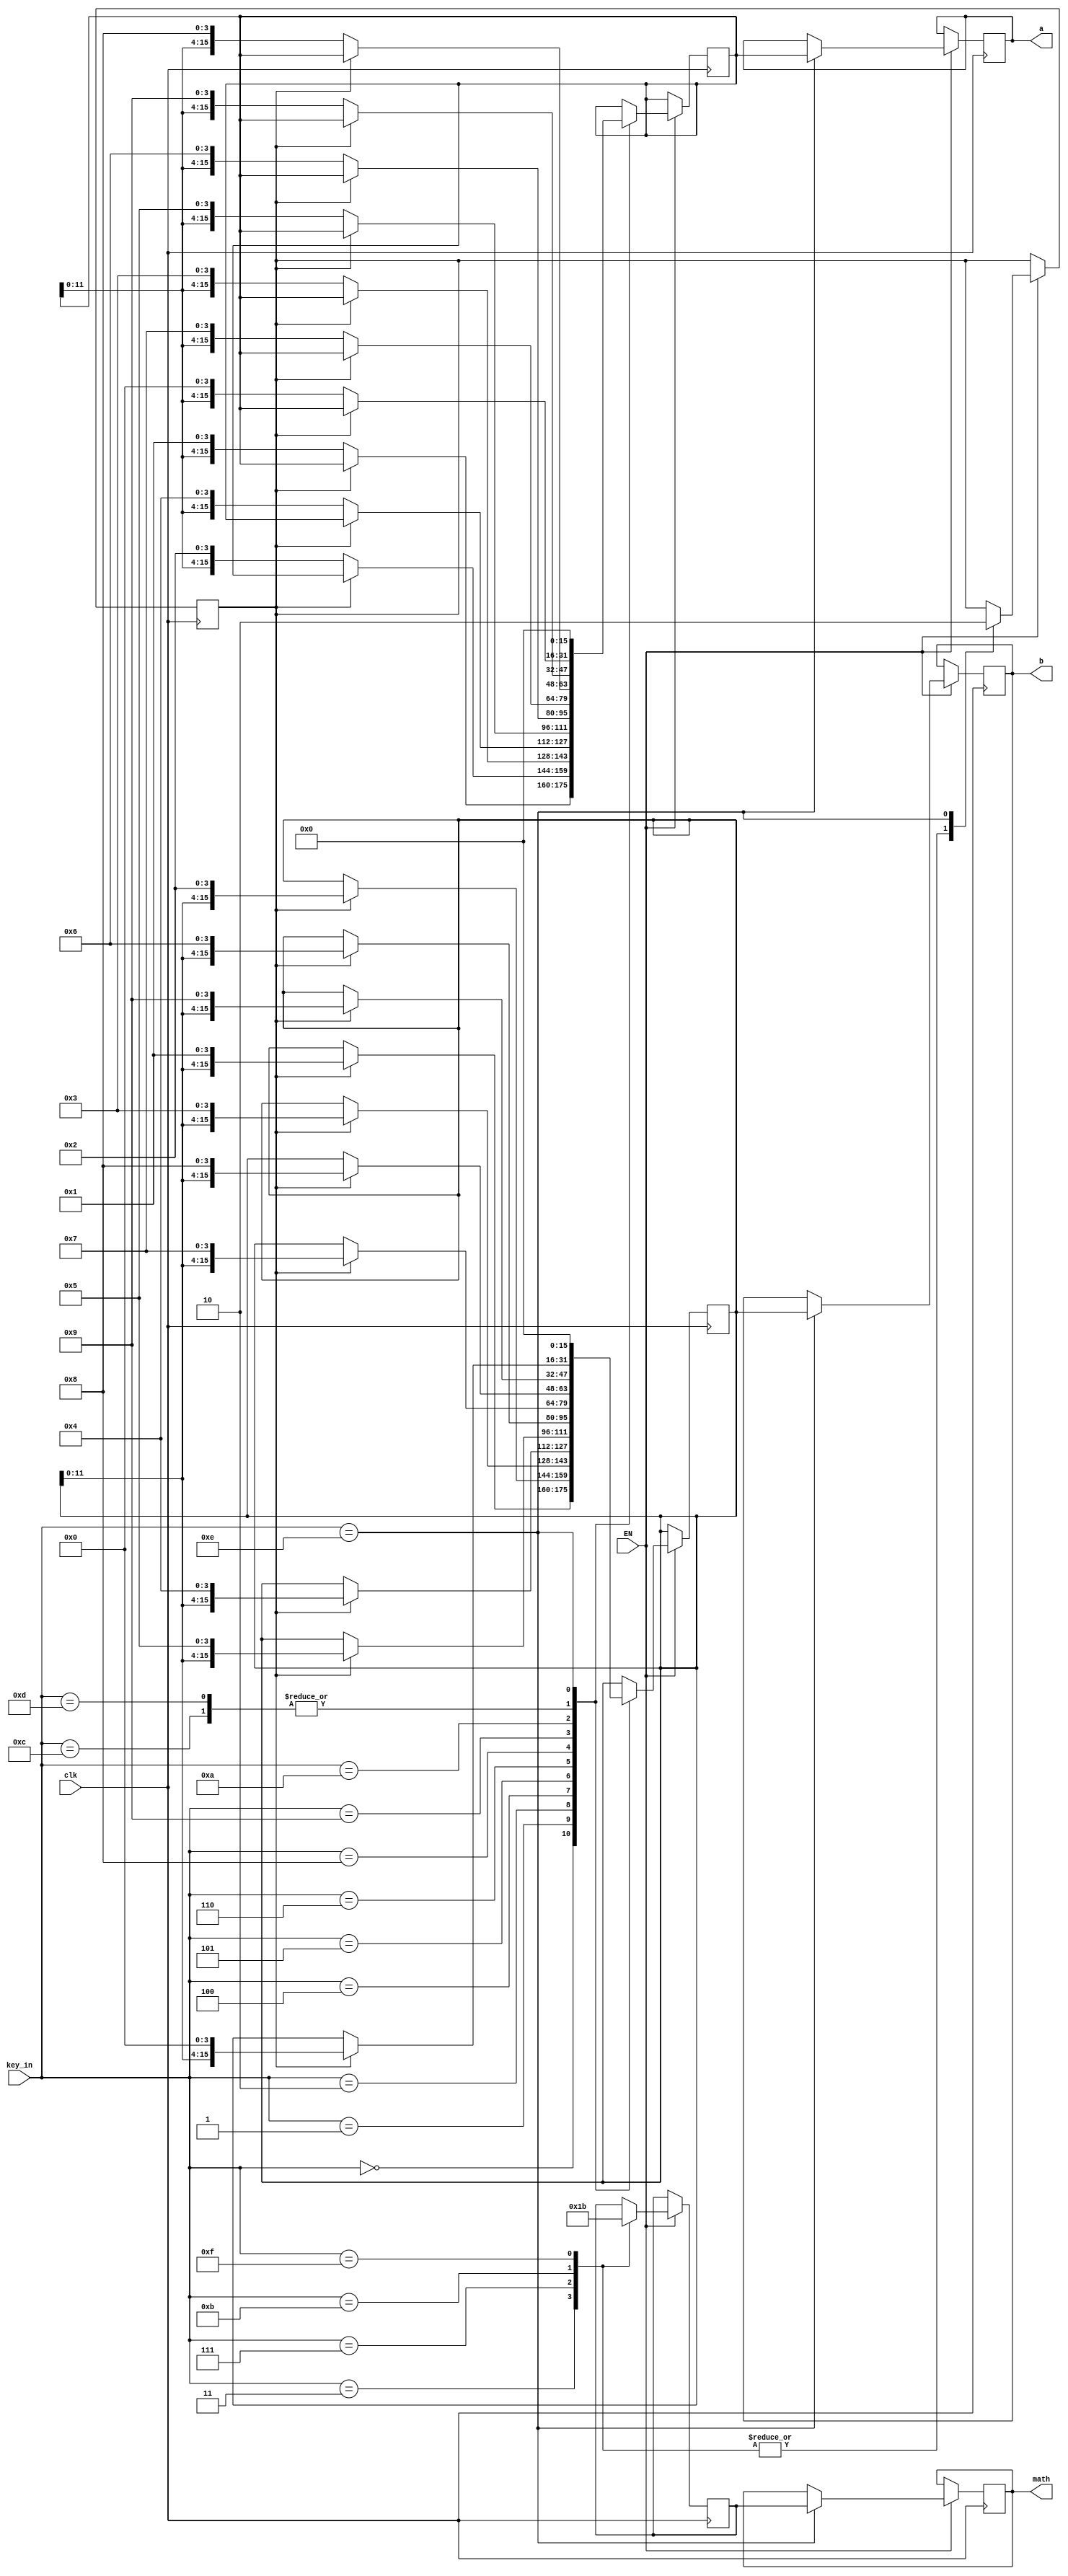
module key_controll (clk,key_in,EN,a,b,math);
                  input clk;

		  input [3:0]key_in;
		  input EN;
		  output[15:0]a; 
		  output [15:0] b;
		  output[1:0]math;
                  


//reg	[5:0]	state;
 reg[15:0]a;
reg[15:0]b;
reg[1:0] math; 
reg ab_flag;
reg[15:0]temp_a,temp_b;
reg [1:0]math_temp;
always@( posedge clk )
begin 
    if(EN) 
     begin
	   case (key_in)
		0 : begin //1
	         if(!ab_flag)
				  temp_a <= {temp_a[11:0],4'b0001};
				else temp_b <= {temp_b[11:0],4'b0001};
			 end
			
		1 : begin //2
	        if(!ab_flag)
				  temp_a <= {temp_a[11:0],4'b0010};
				else temp_b <= {temp_b[11:0],4'b0010};
			 end			
				
		2 : begin //3
	         if(!ab_flag)
				  temp_a <= {temp_a[11:0],4'b0011};
				else temp_b <= {temp_b[11:0],4'b0011};
			 end

		4 : begin //4
	        if(!ab_flag)
				  temp_a <= {temp_a[11:0],4'b0100};
				else temp_b <= {temp_b[11:0],4'b0100};
			 end

		5 : begin //5
	         if(!ab_flag)
				  temp_a <= {temp_a[11:0],4'b0101};
				else temp_b <= {temp_b[11:0],4'b0101};
			 end

		6 : begin//6 
	        if(!ab_flag)
				  temp_a <= {temp_a[11:0],4'b0110};
				else temp_b <= {temp_b[11:0],4'b0110};
			 end


		8 : begin //7
	         if(!ab_flag)
				  temp_a <= {temp_a[11:0],4'b0111};
				else temp_b <= {temp_b[11:0],4'b0111};
			 end

		9 : begin //8
	        if(!ab_flag)
				  temp_a <= {temp_a[11:0],4'b1000};
				else temp_b <= {temp_b[11:0],4'b1000};
			 end

		10 : begin //9
	         if(!ab_flag)
				  temp_a <= {temp_a[11:0],4'b1001};
				else temp_b <= {temp_b[11:0],4'b1001};
			 end



		12 : begin //*
	        if(!ab_flag)
				  temp_a <= {temp_a[11:0],4'b0000};
				else temp_b <= {temp_b[11:0],4'b0000};
			 end

		13 : begin //0
	         if(!ab_flag)
				  temp_a <= {temp_a[11:0],4'b0000};
				else temp_b <= {temp_b[11:0],4'b0000};
			 end


			  
		3 : begin //Multiply
		      ab_flag <= 1;
	         math_temp <= 0 ;
			 end
		7 : begin //D
           	 ab_flag <= 1;	
	          math_temp <= 1;
		 end			 
		11 : begin //D
           	 ab_flag <= 1;	
	          math_temp <= 2;
		 end			 

		15 : begin //D
           	 ab_flag <= 1;	
	          math_temp <= 3;
		 end
		 
		14 : begin //#
		      a <= temp_a; 
				b <= temp_b;
	         temp_b <= 16'h0000;
			   temp_a <= 16'h0000;	
	         ab_flag <= 0 ;
				math <= math_temp ;
			  end
		 
		default 	;
      endcase
	 end 
end

endmodule